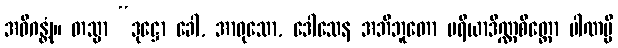
အဓိဂန္တုံ။ တသ္မာ “ဒုဋ္ဌော ခေါ, အာဝုသော, ဒေါသေန အဘိဘူတော ပရိယာဒိဏ္ဏစိတ္တော ပါဏမ္ပိ